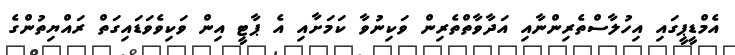
އެމްޑީޕީގައި އިހުލާސްތެރިންނާއި އަދާވާތްތެރިން ވަކިނުވާ ކަމަށާއި އެ ޕާޓީ އިން ވަކިވެވަޑައިގަތް ރައްޔިތުންގެ